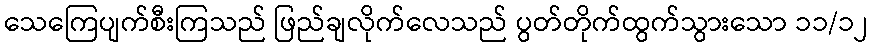
သေကြေပျက်စီးကြသည် ဖြည်ချလိုက်လေသည် ပွတ်တိုက်ထွက်သွားသော ၁၁/၁၂